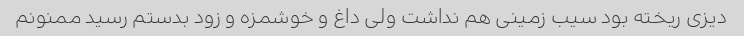
دیزی ریخته بود سیب زمینی هم نداشت ولی داغ و خوشمزه و زود بدستم رسید ممنونم